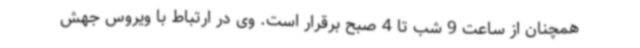
همچنان از ساعت 9 شب تا 4 صبح برقرار است. وی در ارتباط با ویروس جهش